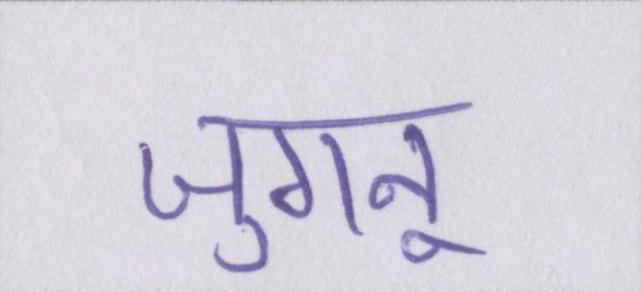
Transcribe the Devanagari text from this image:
जुगनू